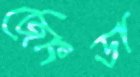
জোংডা